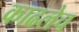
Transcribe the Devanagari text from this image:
काढलेच